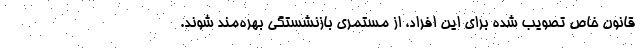
قانون خاص تصویب شده برای این افراد، از مستمری بازنشستگی بهره‌مند شوند.